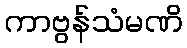
ကာဗွန်သံမဏိ